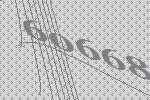
60668